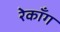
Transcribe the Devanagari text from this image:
रेकाँग